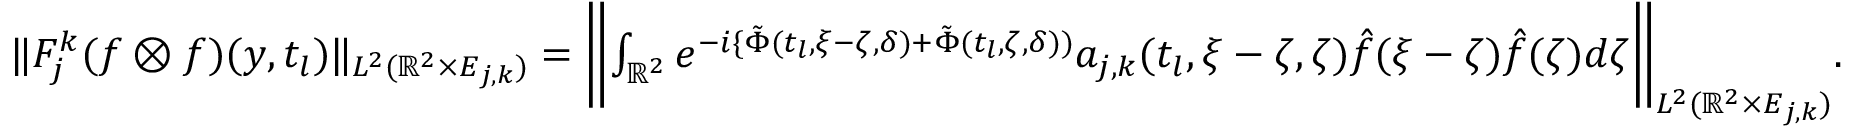
\begin{array} { r } { \| F _ { j } ^ { k } ( f \otimes f ) ( y , t _ { l } ) \| _ { L ^ { 2 } ( { \mathbb { R } } ^ { 2 } \times E _ { j , k } ) } = \biggl \| \int _ { \mathbb { R } ^ { 2 } } e ^ { - i \{ \tilde { \Phi } ( t _ { l } , \xi - \zeta , \delta ) + \tilde { \Phi } ( t _ { l } , \zeta , \delta ) ) } a _ { j , k } ( t _ { l } , \xi - \zeta , \zeta ) \hat { f } ( \xi - \zeta ) \hat { f } ( \zeta ) d \zeta \biggl \| _ { L ^ { 2 } ( { \mathbb { R } } ^ { 2 } \times E _ { j , k } ) } . } \end{array}